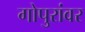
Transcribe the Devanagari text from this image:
गोपुरांवर